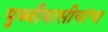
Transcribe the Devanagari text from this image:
पृथ्वीवासीयांचा